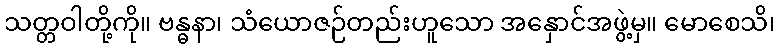
သတ္တဝါတို့ကို။ ဗန္ဓနာ၊ သံယောဇဉ်တည်းဟူသော အနှောင်အဖွဲ့မှ။ မောစေသိ၊